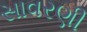
સાવરણી